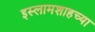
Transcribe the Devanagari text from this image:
इस्लामशाहच्या